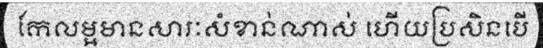
កែលម្អមានសារៈសំខាន់ណាស់ ហើយប្រសិនបើ